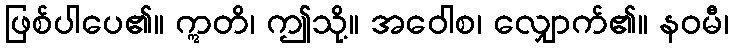
ဖြစ်ပါပေ၏။ ဣတိ၊ ဤသို့။ အဝေါစ၊ လျှောက်၏။ နဝမီ၊